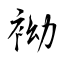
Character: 袎